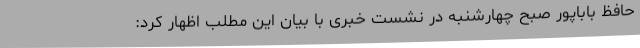
حافظ باباپور صبح چهارشنبه در نشست خبری با بیان این مطلب اظهار کرد: